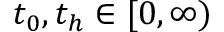
t _ { 0 } , t _ { h } \in [ 0 , \infty )